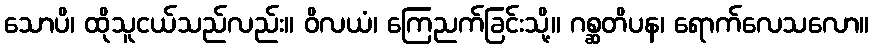
သောပိ၊ ထိုသူငယ်သည်လည်း။ ဝိလယံ၊ ကြေညက်ခြင်းသို့။ ဂစ္ဆတိပန၊ ရောက်လေသလော။